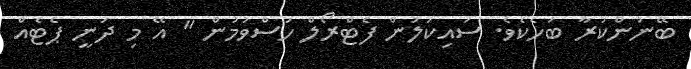
ބޭނުންކުރާ ބަހެކެވެ. ސައިކަލުން ފެޓްރޯލް ހުސްވުމުން " އޭ މި ދަނީ ޕެޓެއް